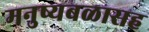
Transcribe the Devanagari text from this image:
मनुष्यबळासह